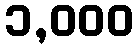
၁,၀၀၀